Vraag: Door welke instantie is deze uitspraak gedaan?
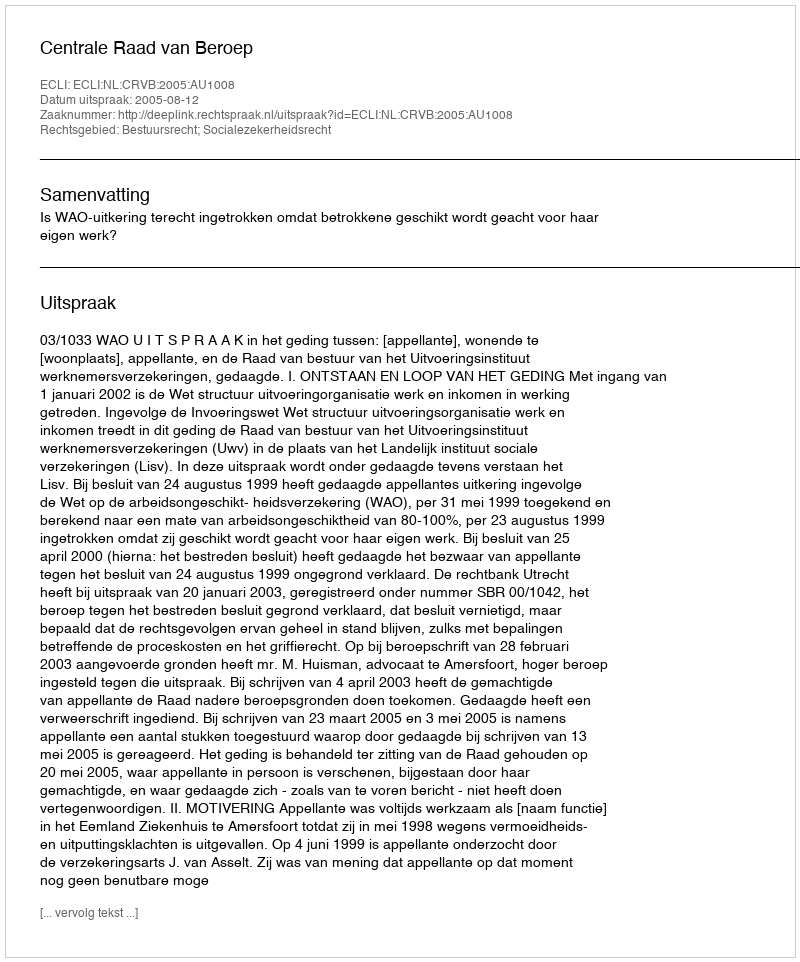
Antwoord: Centrale Raad van Beroep